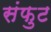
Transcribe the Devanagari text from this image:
संफुट